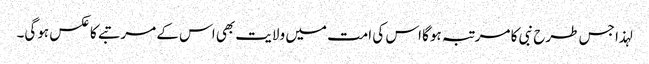
لہذا جس طرح نبی کا مرتبہ ہوگا اس کی امت میں ولایت بھی اس کے مرتبے کا عکس ہوگی۔